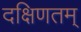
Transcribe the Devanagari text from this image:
दक्षिणतम्